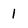
Character: 1